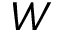
W